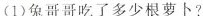
(1)兔哥哥吃了多少根萝卜?